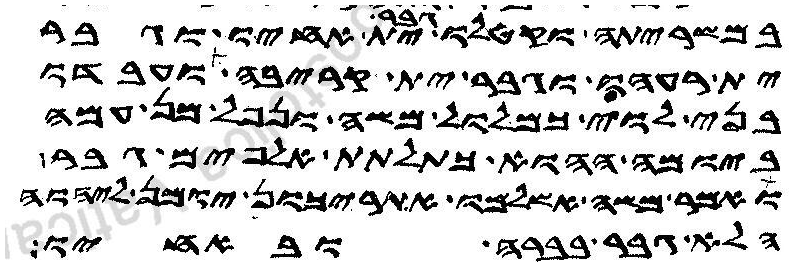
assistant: במשריתה וקטלו גבר ית אחיו וגבר
ית רעהו וגבר ית קריבה ועבדו
בני לוי כמלול משה ונפל מן עמה
ביומה ההוא כתלתת אלפים גבר
ואמר משה אשלמו אתריכון יומן ליהוה
הלא גברה בברה ובאחיו